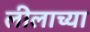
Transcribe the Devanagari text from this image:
लीलाच्या